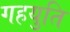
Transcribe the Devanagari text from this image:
गहयुति